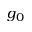
g _ { 0 }